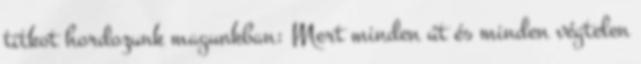
titkot hordozunk magunkban: Mert minden út és minden végtelen